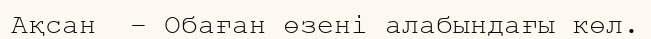
Ақсан  – Обаған өзені алабындағы көл.